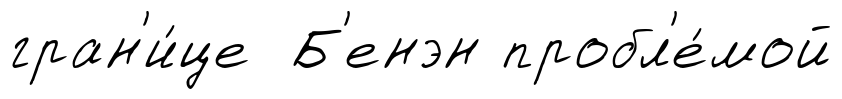
гран'и́це Б'енэн пробл'е́мой